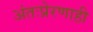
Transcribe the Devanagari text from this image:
अंतःप्रेरणाही